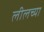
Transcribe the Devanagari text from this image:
लीलच्या